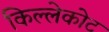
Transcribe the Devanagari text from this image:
किल्लेकोट